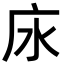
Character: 𢇤